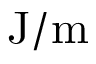
\mathrm { J } / \mathrm { m }